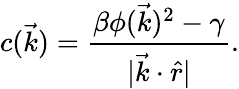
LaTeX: c(\vec{k})=\frac{\beta\phi(\vec{k})^{2}-\gamma}{|\vec{k}\cdot\hat{r}|}.